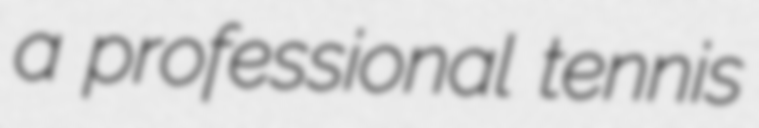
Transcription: a professional tennis